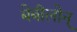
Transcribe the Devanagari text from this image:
बेबीलोन्